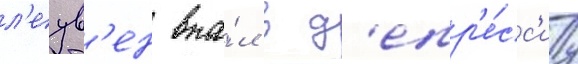
л'еув'ен впа́л в д'епр'е́сс'иу